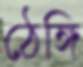
ঠেঙ্গি